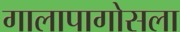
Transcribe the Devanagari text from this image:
गालापागोसला